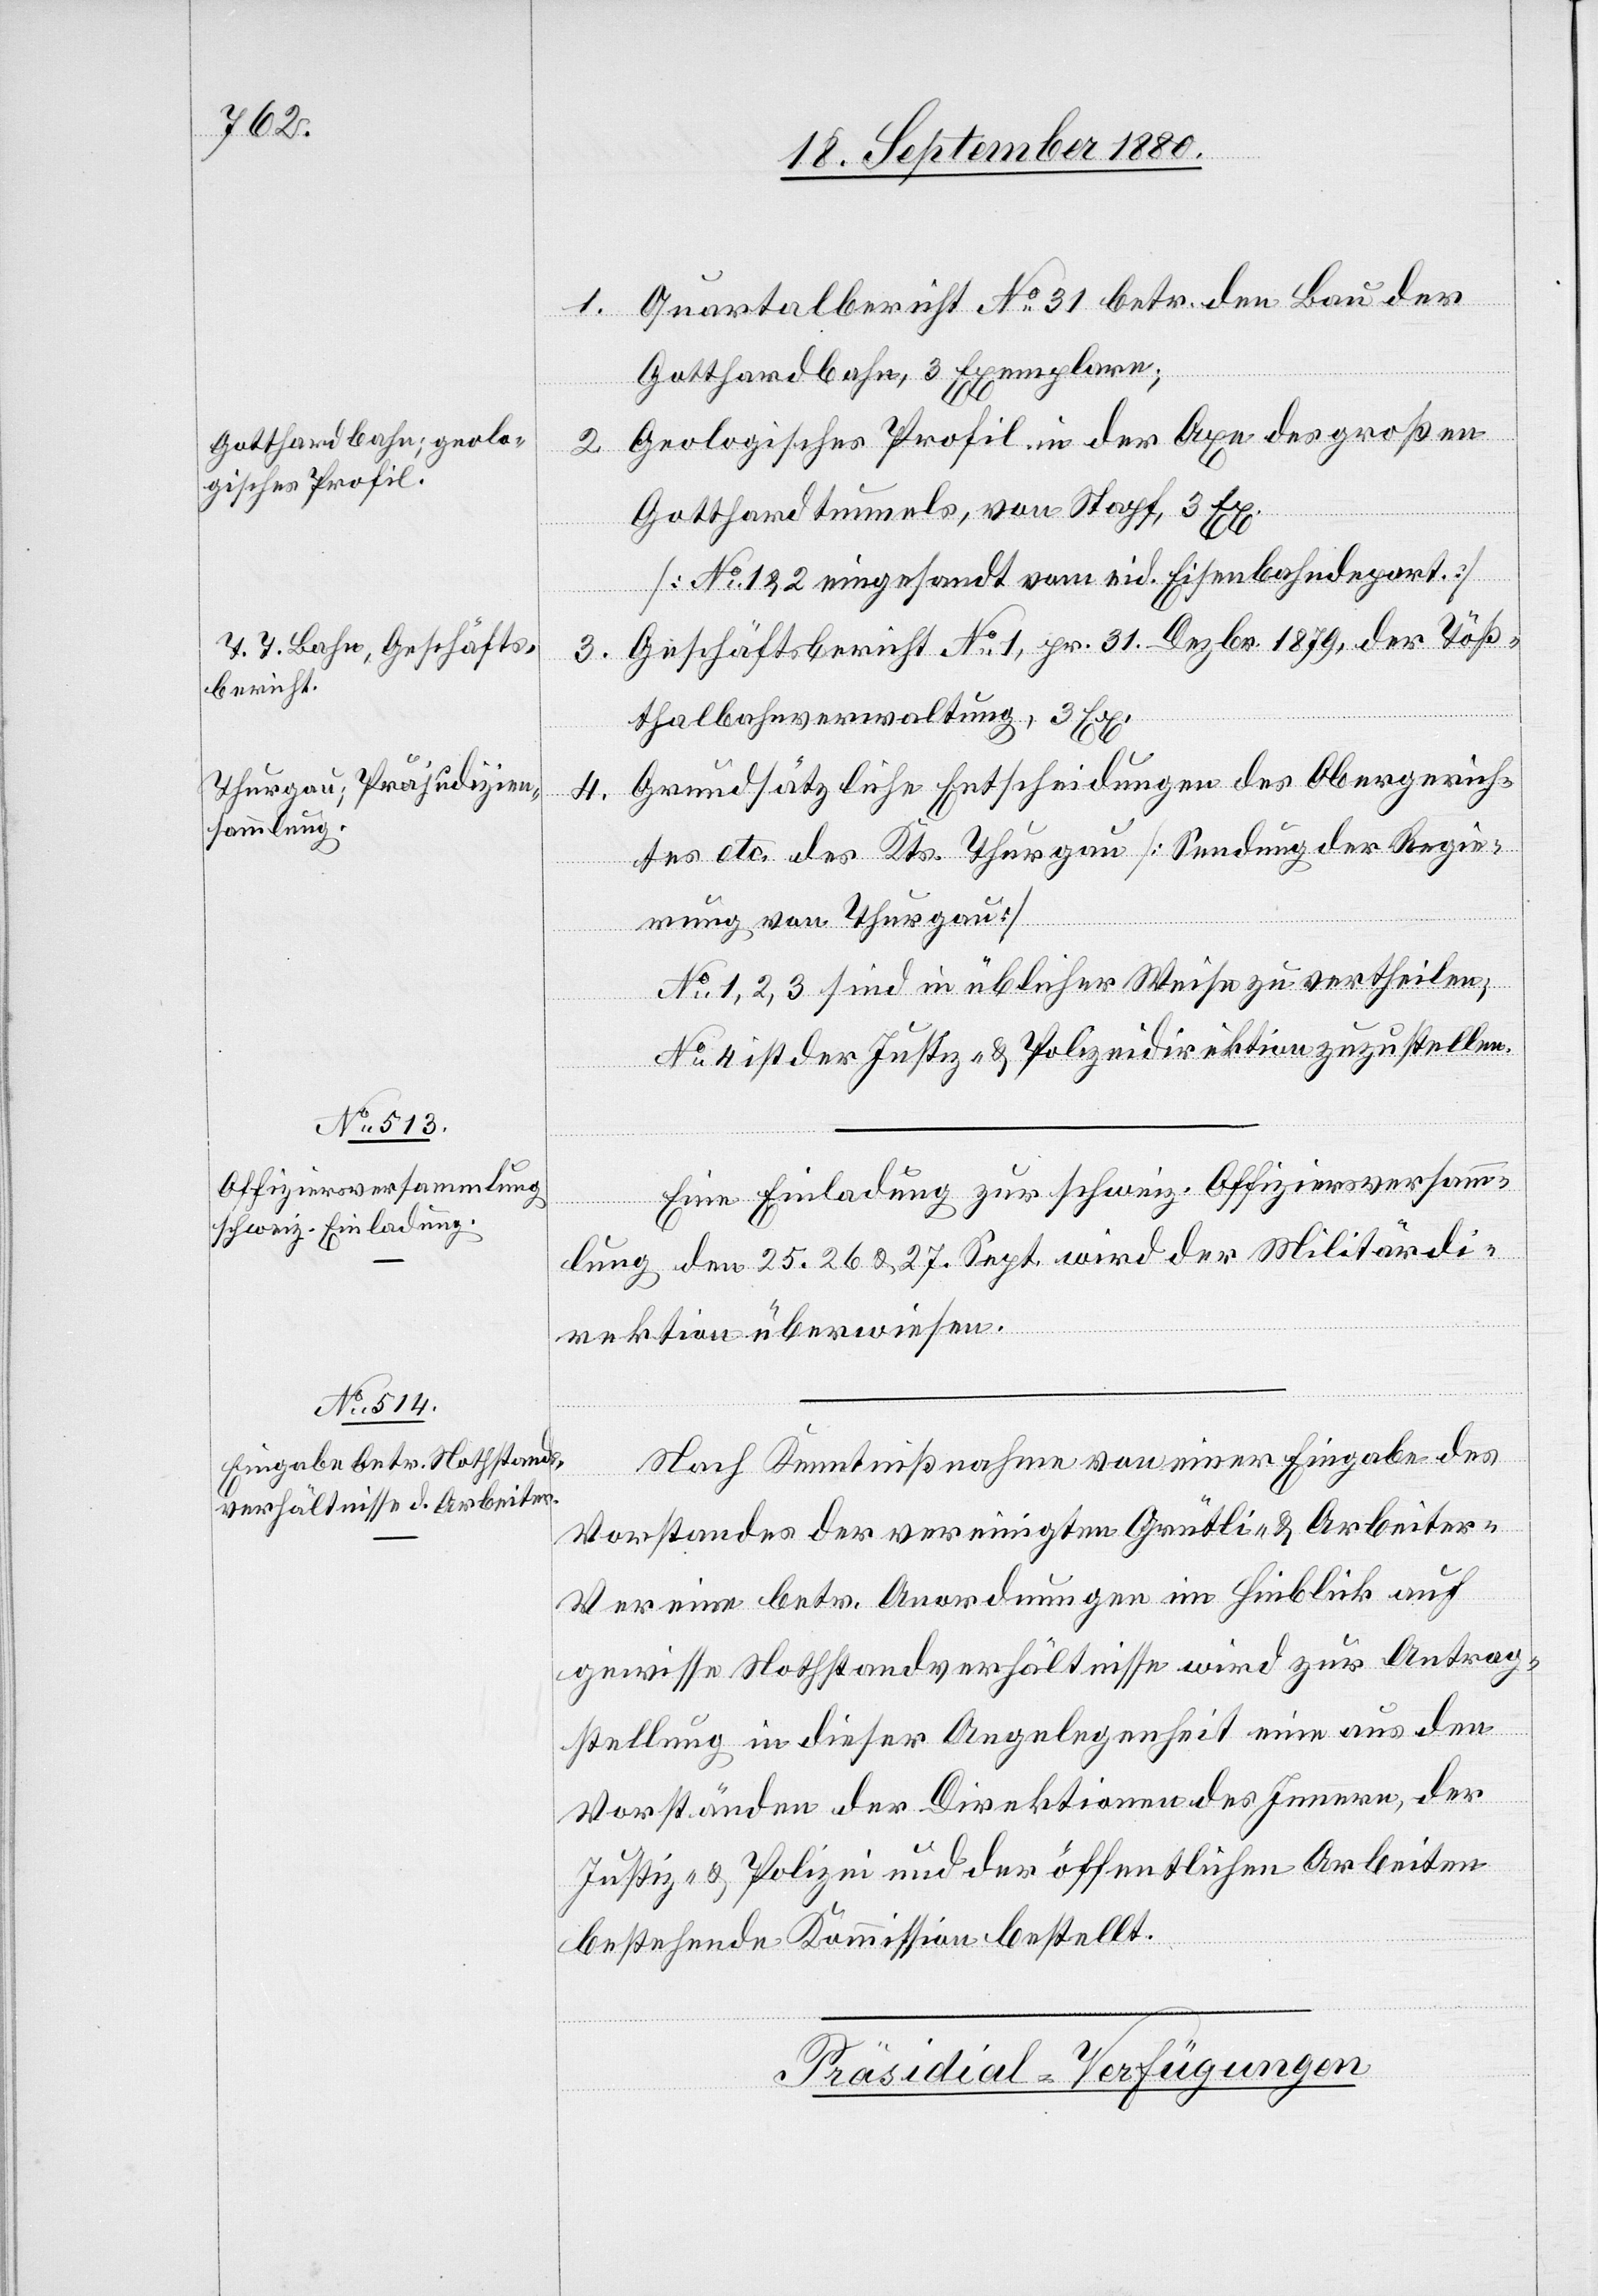
1. Quartalbericht No 31 betr. den Bau der
Gotthardbahn, 3 Exemplare;
2. Geologisches Profil in der Axe des großen
Gotthardtunnels, von Stapf, 3 Ex.
[No 1 & 2 eingesandt vom eid. Eisenbahndepart.]
3. Geschäftsbericht No 1, pr. 31. Dezbr. 1879, der Töß¬
thalbahnverwaltung, 3 Ex.
Grundsätzliche Entscheidungen des Obergerich¬
4.
tes etc. des Kts. Thurgau [Sendung der Regie¬
rung von Thurgau]
No 1, 2, 3 sind in üblicher Weise zu vertheilen;
No 4 ist der Justiz- & Polizeidirektion zuzustellen.
Eine Einladung zur schweiz. Offiziersversamm¬
lung den 25. 26. & 27. Sept. wird der Militärdi¬
rektion überwiesen.
Nach Kenntnißnahme von einer Eingabe des
Vorstandes der vereinigten Grütli- & Arbeiter¬
vereine betr. Anordnungen im Hinblick auf
gewisse Nothstandsverhältnisse wird zur Antrag¬
stellung in dieser Angelegenheit eine aus den
Vorständen der Direktion des Innern, der
Justiz- & Polizei und der öffentlichen Arbeiten
bestehende Kommission bestellt.
Präsidial-Verfügungen